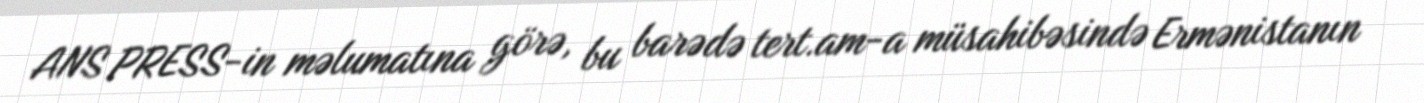
ANS PRESS-in məlumatına görə, bu barədə tert.am-a müsahibəsində Ermənistanın